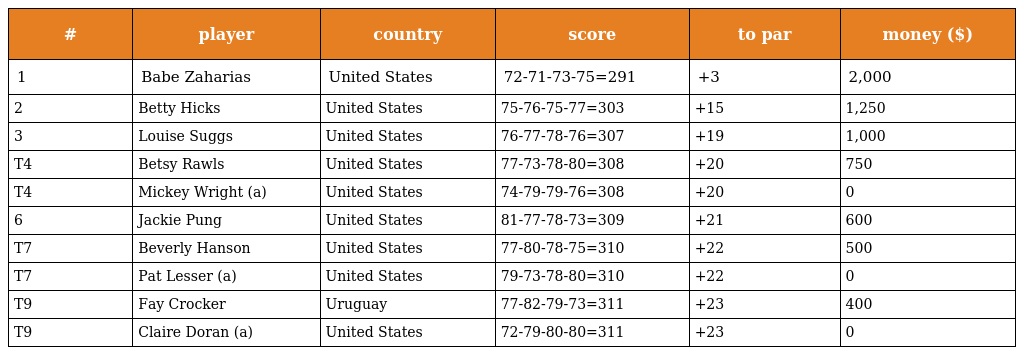
| # | player | country | score | to par | money ($) |
 | --- | --- | --- | --- | --- | --- |
 | 1 | Babe Zaharias | United States | 72-71-73-75=291 | +3 | 2,000 |
 | 2 | Betty Hicks | United States | 75-76-75-77=303 | +15 | 1,250 |
 | 3 | Louise Suggs | United States | 76-77-78-76=307 | +19 | 1,000 |
 | T4 | Betsy Rawls | United States | 77-73-78-80=308 | +20 | 750 |
 | T4 | Mickey Wright (a) | United States | 74-79-79-76=308 | +20 | 0 |
 | 6 | Jackie Pung | United States | 81-77-78-73=309 | +21 | 600 |
 | T7 | Beverly Hanson | United States | 77-80-78-75=310 | +22 | 500 |
 | T7 | Pat Lesser (a) | United States | 79-73-78-80=310 | +22 | 0 |
 | T9 | Fay Crocker | Uruguay | 77-82-79-73=311 | +23 | 400 |
 | T9 | Claire Doran (a) | United States | 72-79-80-80=311 | +23 | 0 |